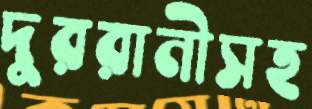
দুররানীসহ